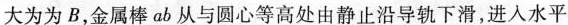
大为为B，金属棒ab从与圆心等高处由静止沿导轨下滑，进入水平